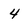
Character: 4